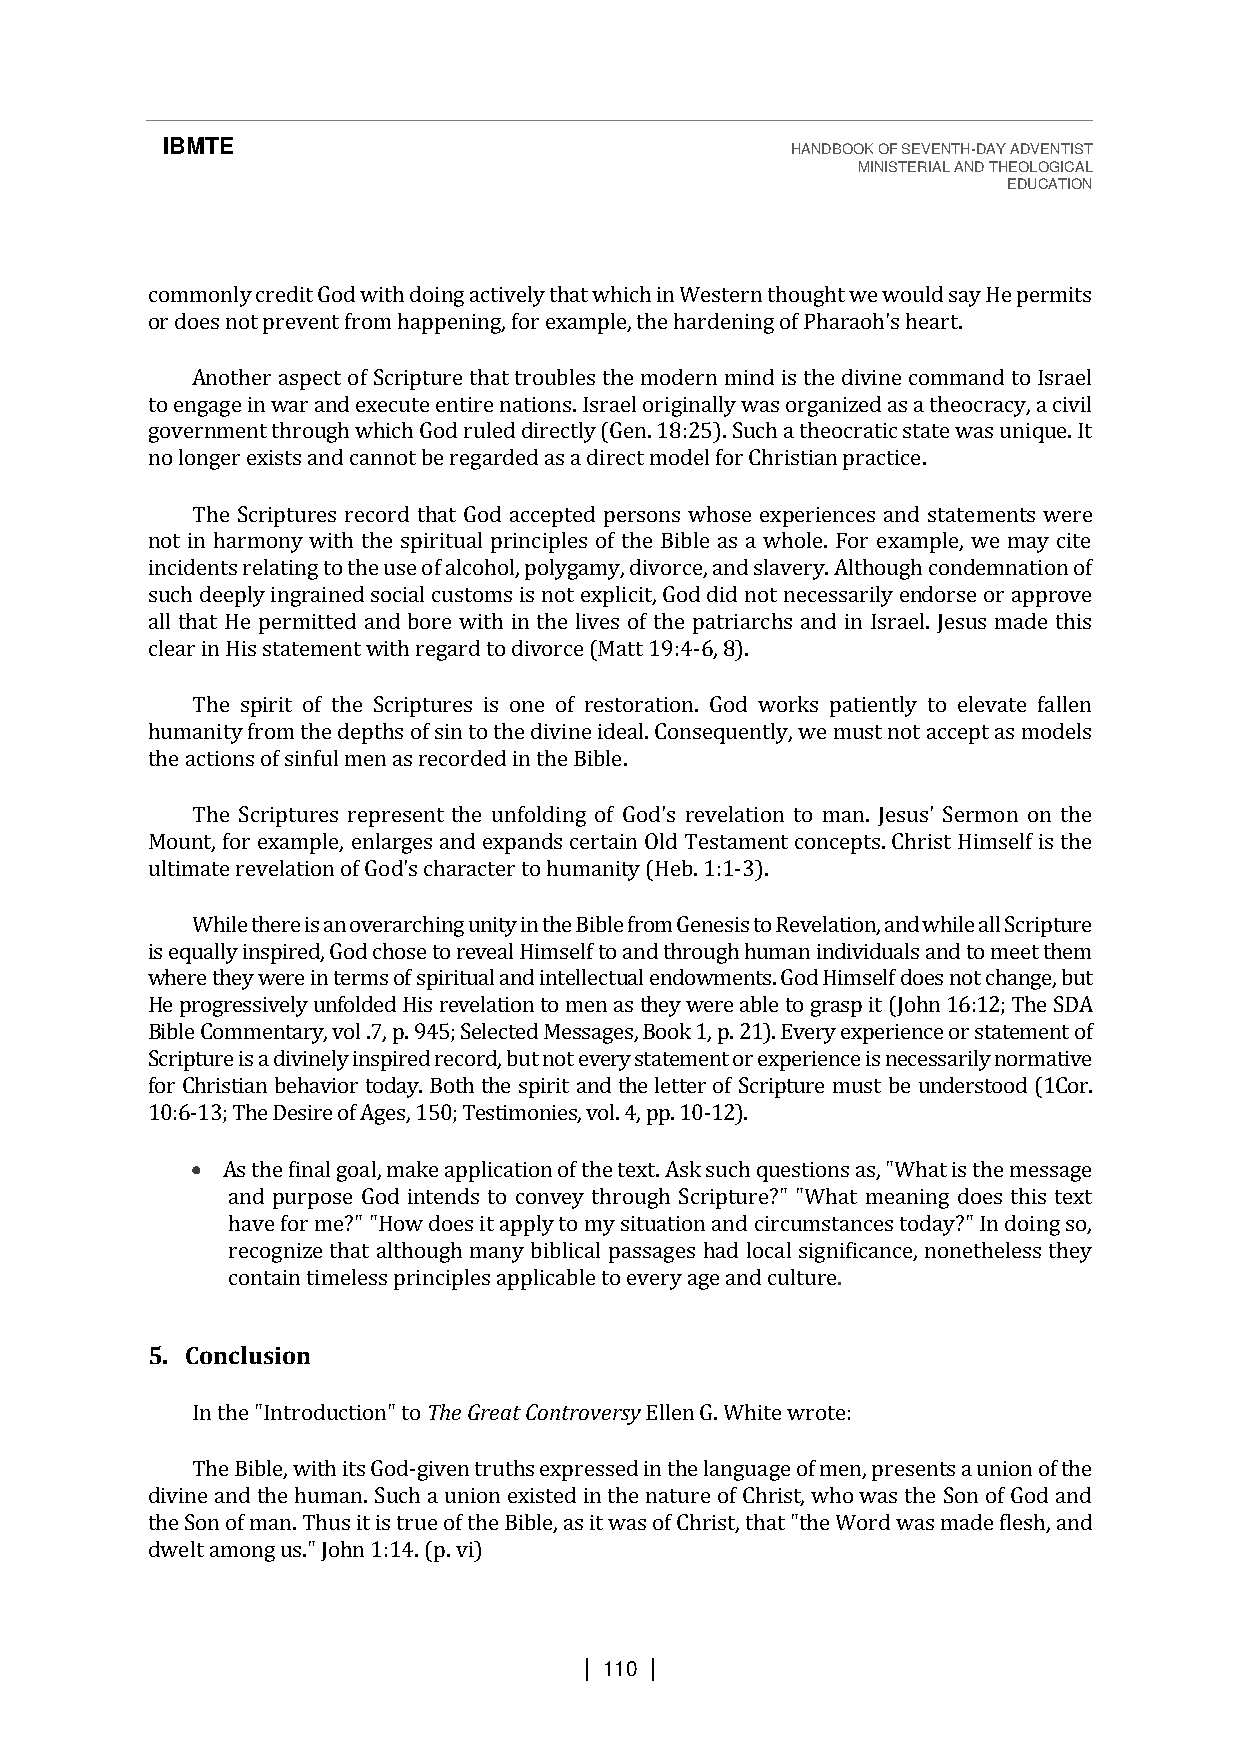
IBMTE                                    HANDBOOK OF SEVENTH-DAY ADVENTIST
 MINISTERIAL AND THEOLOGICAL
 EDUCATION
 commonly credit God with doing actively that which in Western thought we would say He permits
 or does not prevent from happening, for example, the hardening of Pharaoh's heart.
 Another aspect of Scripture that troubles the modern mind is the divine command to Israel
 to engage in war and execute entire nations. Israel originally was organized as a theocracy, a civil
 government through which God ruled directly (Gen. 18:25). Such a theocratic state was unique. It
 no longer exists and cannot be regarded as a direct model for Christian practice.
 The Scriptures record that God accepted persons whose experiences and statements were
 not in harmony with the spiritual principles of the Bible as a whole. For example, we may cite
 incidents relating to the use of alcohol, polygamy, divorce, and slavery. Although condemnation of
 such deeply ingrained social customs is not explicit, God did not necessarily endorse or approve
 all that He permitted and bore with in the lives of the patriarchs and in Israel. Jesus made this
 clear in His statement with regard to divorce (Matt 19:4-6, 8).
 The spirit of the Scriptures is one of restoration. God works patiently to elevate fallen
 humanity from the depths of sin to the divine ideal. Consequently, we must not accept as models
 the actions of sinful men as recorded in the Bible.
 The Scriptures represent the unfolding of God's revelation to man. Jesus' Sermon on the
 Mount, for example, enlarges and expands certain Old Testament concepts. Christ Himself is the
 ultimate revelation of God's character to humanity (Heb. 1:1-3).
 While there is an overarching unity in the Bible from Genesis to Revelation, and while all Scripture
 is equally inspired, God chose to reveal Himself to and through human individuals and to meet them
 where they were in terms of spiritual and intellectual endowments. God Himself does not change, but
 He progressively unfolded His revelation to men as they were able to grasp it (John 16:12; The SDA
 Bible Commentary, vol .7, p. 945; Selected Messages, Book 1, p. 21). Every experience or statement of
 Scripture is a divinely inspired record, but not every statement or experience is necessarily normative
 for Christian behavior today. Both the spirit and the letter of Scripture must be understood (1Cor.
 10:6-13; The Desire of Ages, 150; Testimonies, vol. 4, pp. 10-12).
 • As the final goal, make application of the text. Ask such questions as, "What is the message
 and purpose God intends to convey through Scripture?" "What meaning does this text
 have for me?" "How does it apply to my situation and circumstances today?" In doing so,
 recognize that although many biblical passages had local significance, nonetheless they
 contain timeless principles applicable to every age and culture.
 5. Conclusion
 In the "Introduction" to The Great Controversy Ellen G. White wrote:
 The Bible, with its God-given truths expressed in the language of men, presents a union of the
 divine and the human. Such a union existed in the nature of Christ, who was the Son of God and
 the Son of man. Thus it is true of the Bible, as it was of Christ, that "the Word was made flesh, and
 dwelt among us." John 1:14. (p. vi)
 | 110 |